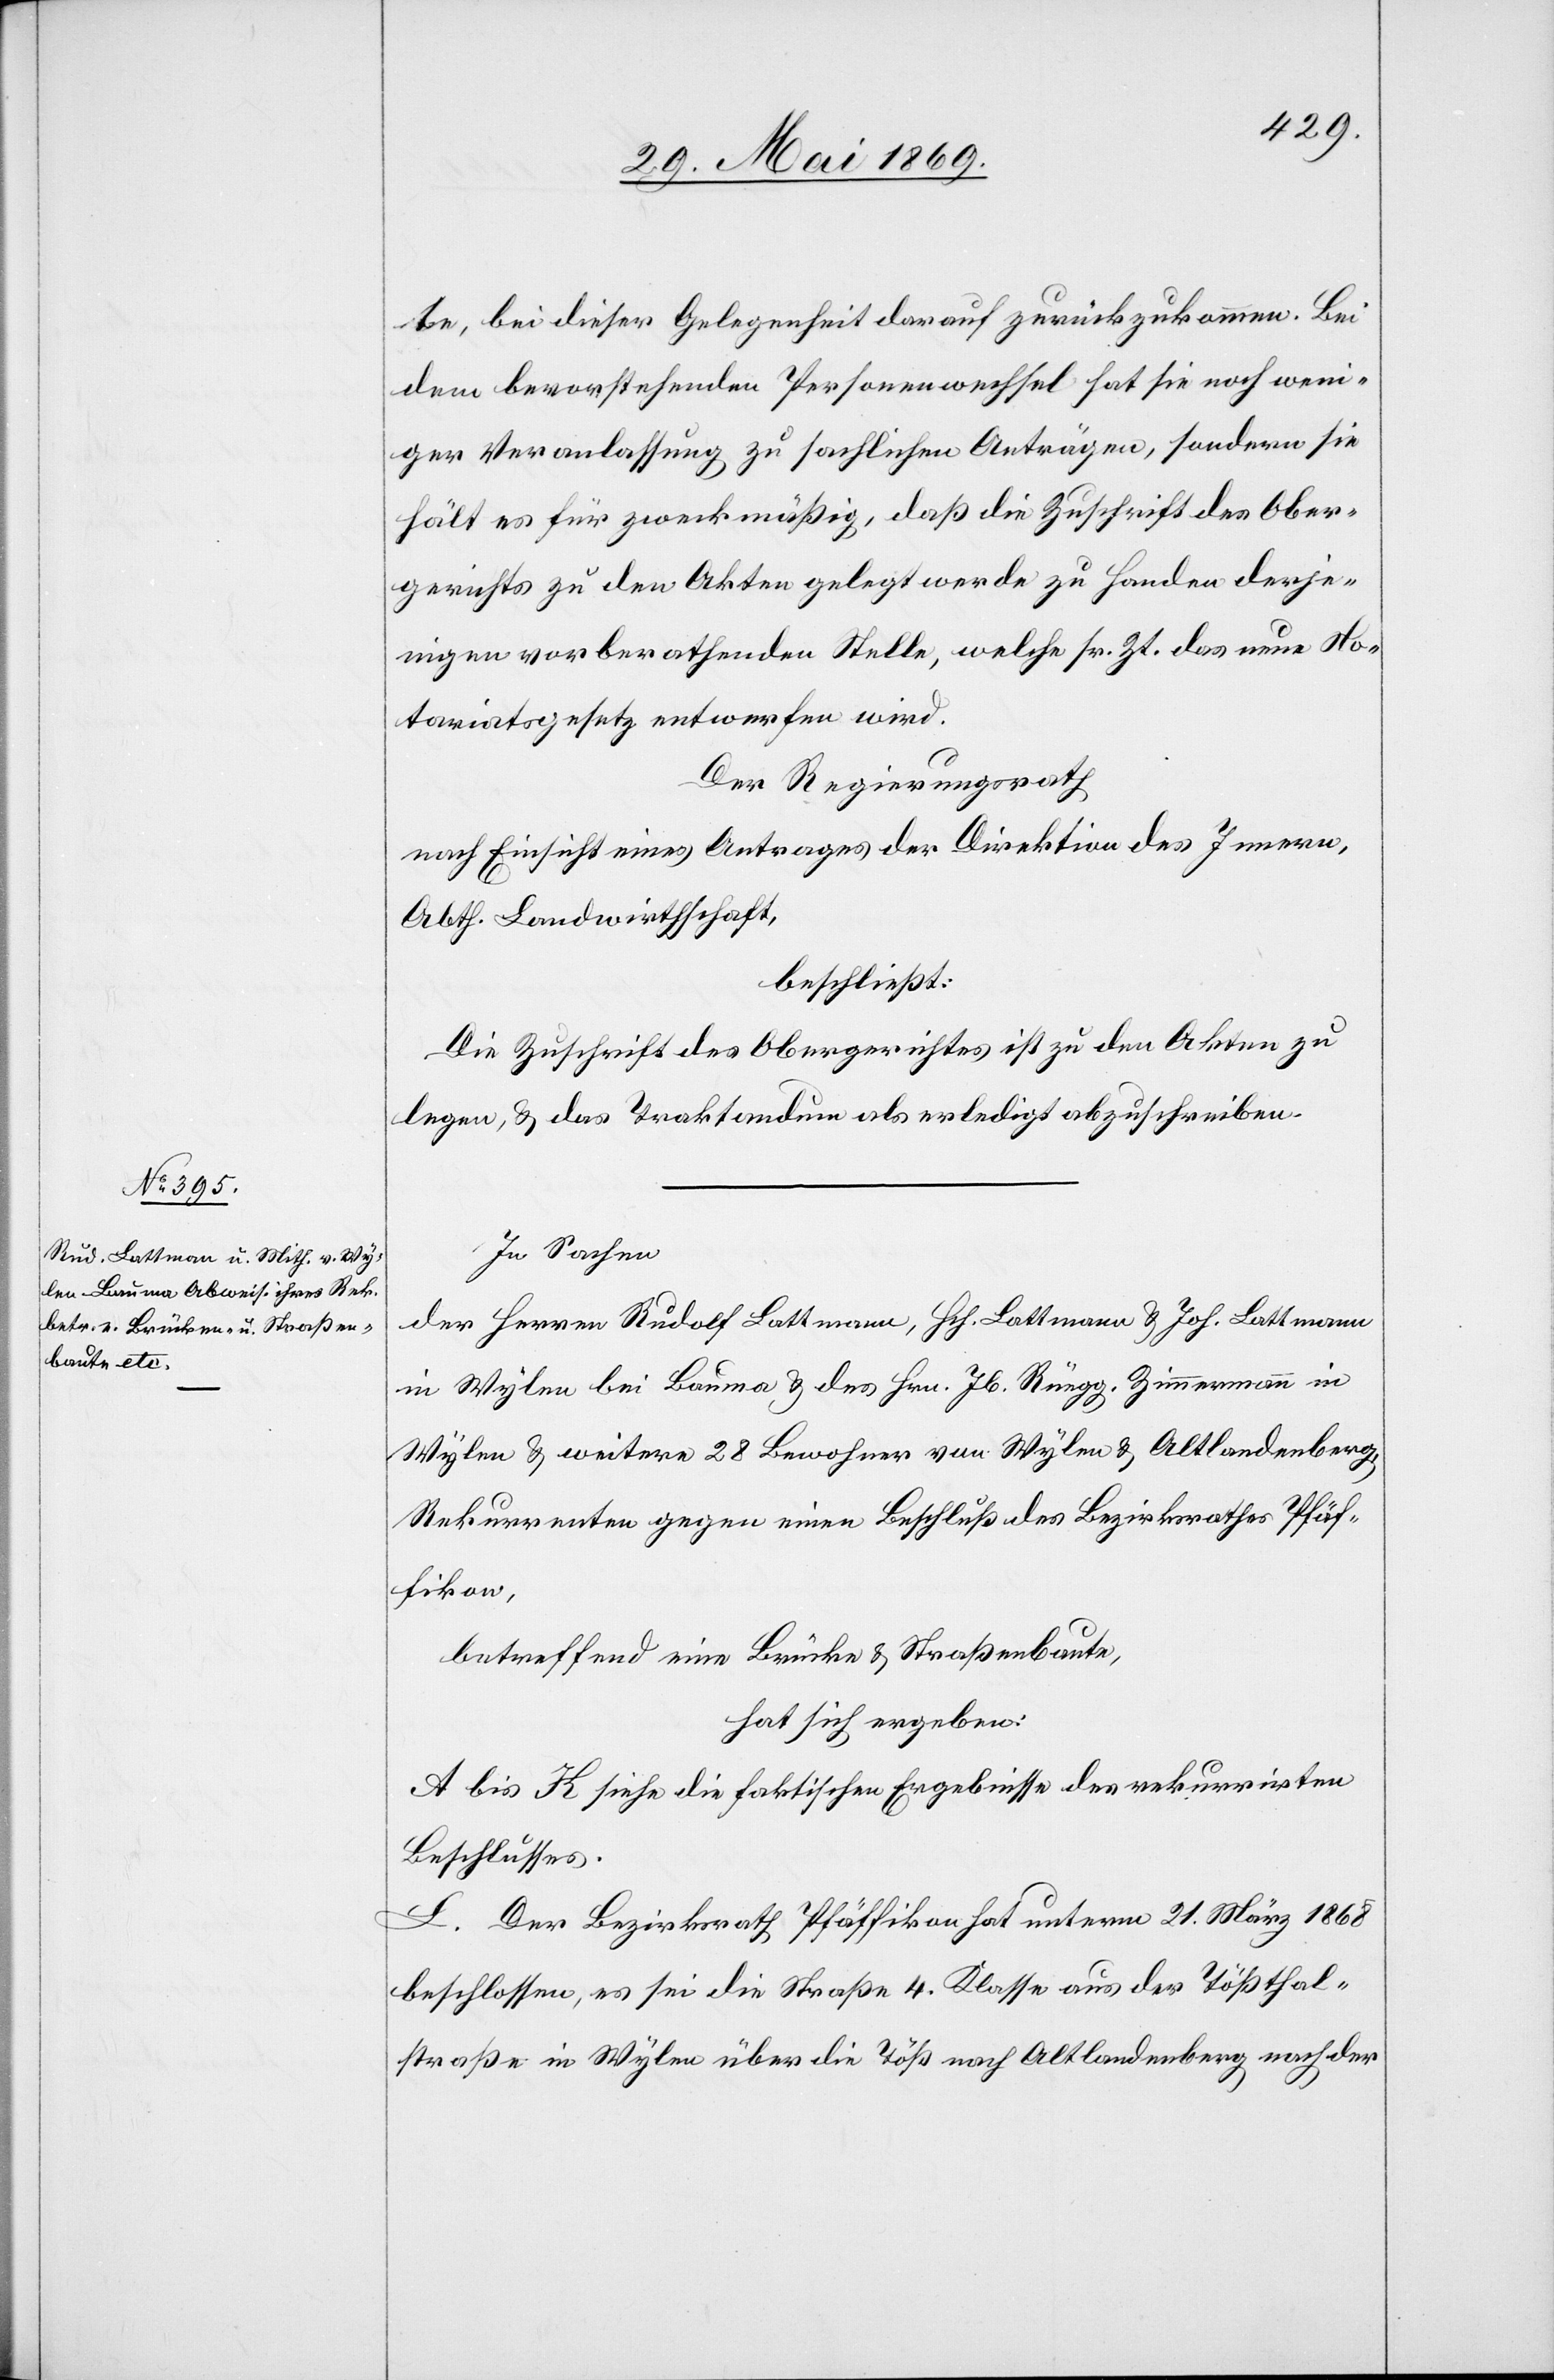
te, bei dieser Gelegenheit darauf zurückzukommen. Bei
dem bevorstehenden Personenwechsel hat sie noch weni¬
ger Veranlaßung zu sachlichen Anträgen, sondern sie
hält es für zweckmäßig, daß die Zuschrift des Ober¬
gerichtes zu den Akten gelegt werde zu Handen derje¬
nigen vorberathenden Stelle, welche sr. Zt. das neue No¬
tariatsgesetz entwerfen wird.
Der Regierungsrath,
nach Einsicht eines Antrages der Direktion des Innern,
Abth. Landwirthschaft,
beschließt:
Die Zuschrift des Obergerichtes ist zu den Akten zu
legen, u. das Traktandum als erledigt abzuschreiben.
In Sachen
der Herren Rudolf Lattmann, Hch. Lattmann u. Joh. Lattmann
in Wylen bei Bauma, des Hrn. Jb. Rüegg. Zimmermann in
Wylen u. weitere 28 Bewohner von Wylen u. Altlandenberg,
Rekurrenten gegen einen Beschluß des Bezirksrathes Pfäf¬
fikon,
betreffend eine Brücke u. Straßenbaute,
hat sich ergeben:
A bis H siehe die faktischen Ergebnisse des rekurrirten
Beschlusses.
L. Der Bezirksrath Pfäffikon hat unterm 21. März 1868
beschlossen, es sei die Straße 4. Klasse aus der Tößthal¬
straße in Wylen über die Töß nach Altlandenberg nach der